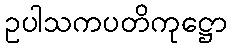
ဥပါသကပတိကုဋ္ဌော